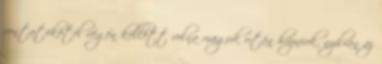
vontatókötél végén kellett volna maguk után húzniuk, nyilván az